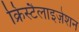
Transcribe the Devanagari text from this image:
क्रिस्टैलाइज़ेशन